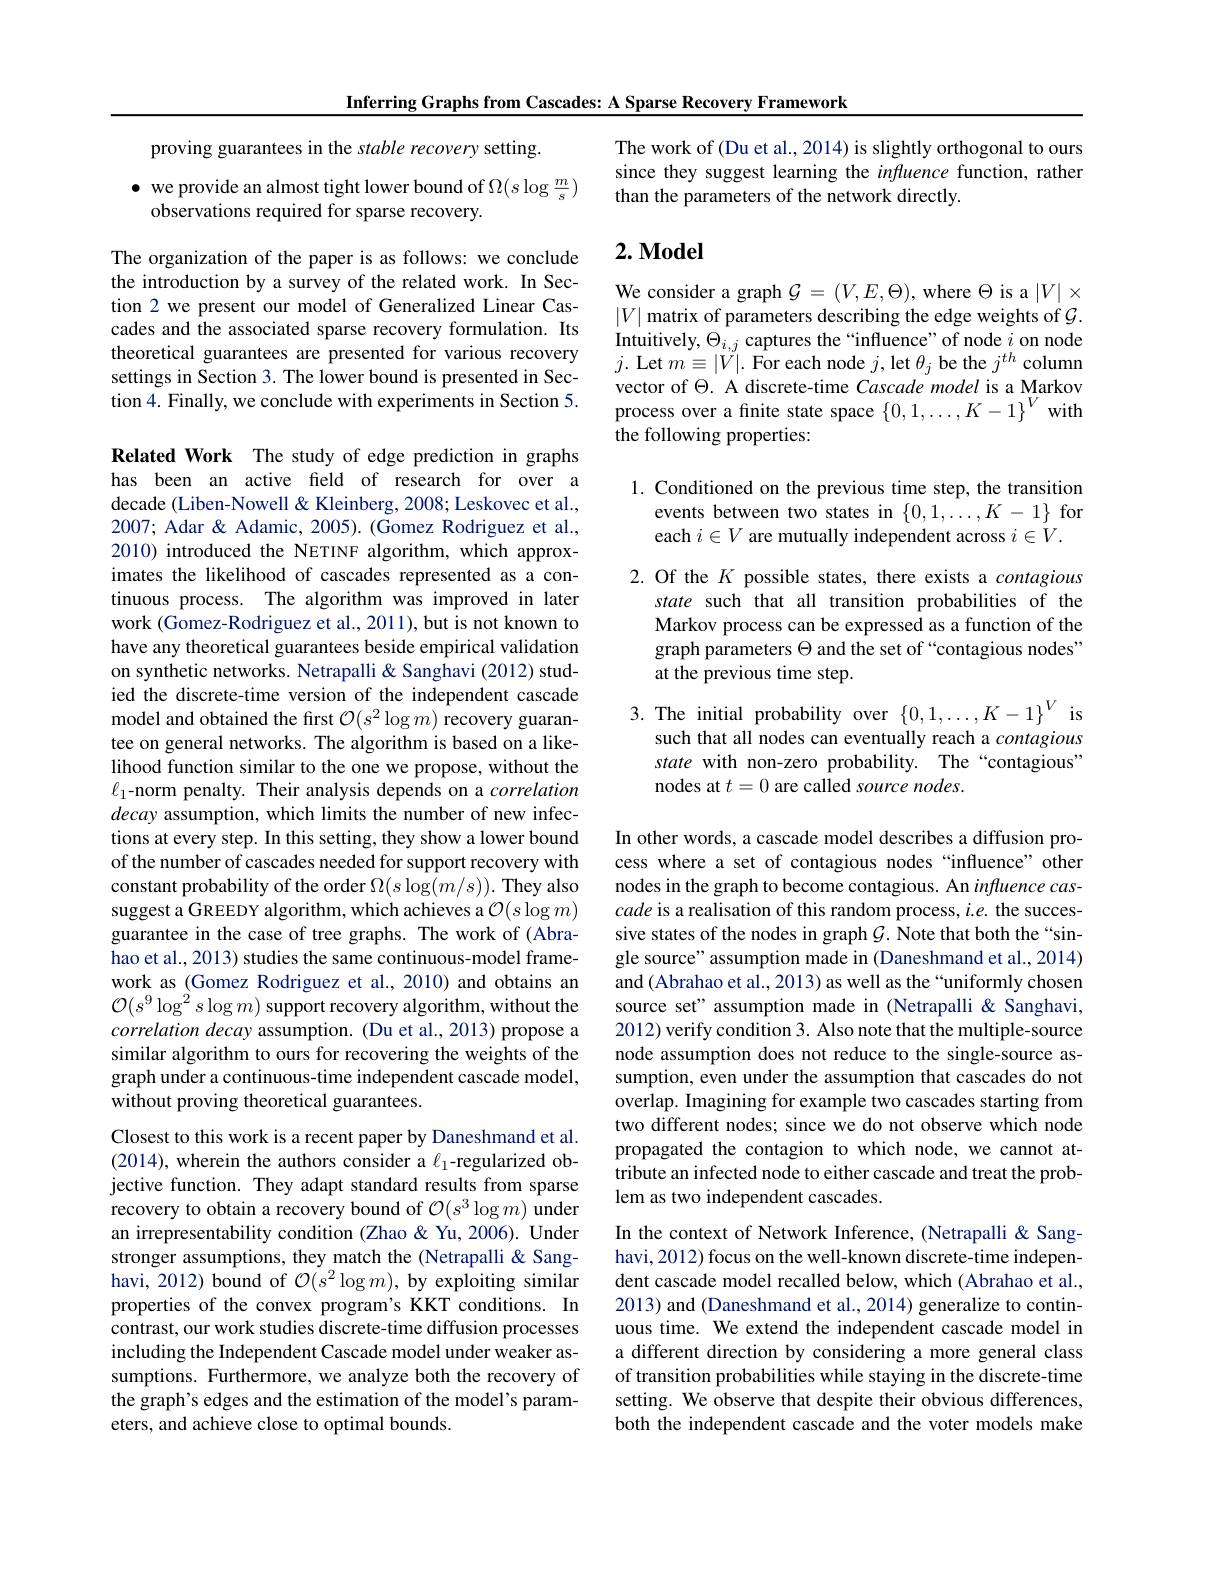
Inferring Graphs from Cascades: A Sparse Recovery Framework

proving guarantees in the stable recovery setting.

$\bullet$ we provide an almost tight lower bound of $\Omega(s\log\frac{m}{s})$
observations required for sparse recovery.

The organization of the paper is as follows: we conclude the introduction by a survey of the related work. In Section 2 we present our model of Generalized Linear Cascades and the associated sparse recovery formulation. Its theoretical guarantees are presented for various recovery settings in Section 3. The lower bound is presented in Section 4. Finally, we conclude with experiments in Section 5.

Related Work The study of edge prediction in graphs has been an active field of research for over a decade (Liben-Nowell & Kleinberg, 2008; Leskovec et al., 2007; Adar & Adamic, 2005). (Gomez Rodriguez et al., 2010) introduced the NETINF algorithm, which approximates the likelihood of cascades represented as a continuous process. The algorithm was improved in later work (Gomez-Rodriguez et al., 2011), but is not known to have any theoretical guarantees beside empirical validation on synthetic networks. Netrapalli & Sanghavi (2012) studied the discrete-time version of the independent cascade model and obtained the first $\mathcal{O}(s^2\log m)$ recovery guarantee on general networks. The algorithm is based on a likelihood function similar to the one we propose, without the $\ell_1$-norm penalty. Their analysis depends on a correlation decay assumption, which limits the number of new infections at every step. In this setting, they show a lower bound of the number of cascades needed for support recovery with constant probability of the order $\Omega(s\log(m/s)).$ They also suggest a GREEDY algorithm, which achieves a $\mathcal{O}(s\log m)$ guarantee in the case of tree graphs. The work of (Abrahao et al., 2013) studies the same continuous-model framework as (Gomez Rodriguez et al., 2010) and obtains an $\mathcal{O}(s^9\log^2s\log m)$ support recovery algorithm, without the correlation decay assumption. (Du et al., 2013) propose a similar algorithm to ours for recovering the weights of the graph under a continuous-time independent cascade model, without proving theoretical guarantees.
Closest to this work is a recent paper by Daneshmand et al. (2014), wherein the authors consider a $\ell_1$-regularized objective function. They adapt standard results from sparse

recovery to obtain a recovery bound of $\mathcal{O}(s^3\log m)$ under an irrepresentability condition (Zhao &Yu, 2006). Under stronger assumptions, they match the (Netrapalli & Sanghavi, 2012) bound of $\mathcal{O}(s^2\log m)$, by exploiting similar properties of the convex program's KKT conditions. In contrast, our work studies discrete-time diffusion processes including the Independent Cascade model under weaker assumptions. Furthermore, we analyze both the recovery of the graph's edges and the estimation of the model's parameters, and achieve close to optimal bounds.

The work of (Du et al., 2014) is slightly orthogonal to ours since they suggest learning the infuence function, rather than the parameters of the network directly.

## $2. \textbf{Model}$

We consider a graph $\mathcal{G}=(V,E,\Theta)$, where $\Theta$ is a $|V|\times$ $|V|$ matrix of parameters describing the edge weights of $\mathcal{G}.$ Intuitively, $\Theta_{i,j}$ captures the“influence”of node $i$ on node $j.$ Let $m\equiv|V|.$ For each node $j$,let $\theta_j$ be the $j^th$ column vector of $\Theta.$ A discrete-time Cascade model is a Markov process over a finite state space $\{0,1,\ldots,K-1\}^V$ with the following properties:

1. Conditioned on the previous time step, the transition
events between two states in $\{0,1,\ldots,K-1\}$ for
each $i\in V$ are mutually independent across $i\in V.$

2. Of the $K$ possible states, there exists a contagious
state such that all transition probabilities of the Markov process can be expressed as a function of the graph parameters $\Theta$ and the set of “contagious nodes” at the previous time step.

3. The initial probability over $\{0,1,\ldots,K-1\}^V$ is
such that all nodes can eventually reach a contagious state with non-zero probability. The“contagious” nodes at $t=0$ are called source nodes.

In other words, a cascade model describes a diffusion process where a set of contagious nodes “influence” other nodes in the graph to become contagious. An influence cascade is a realisation of this random process, $i.e.$ the successive states of the nodes in graph $G.$ Note that both the “single source" assumption made in (Daneshmand et al., 2014) and (Abrahao et al., 2013) as well as the“uniformly chosen source set" assumption made in (Netrapalli & Sanghavi, 2012) verify condition 3. Also note that the multiple-source node assumption does not reduce to the single-source assumption, even under the assumption that cascades do not overlap. Imagining for example two cascades starting from two different nodes; since we do not observe which node propagated the contagion to which node, we cannot attribute an infected node to either cascade and treat the problem as two independent cascades.

In the context of Network Inference, (Netrapalli & Sanghavi, 2012) focus on the well-known discrete-time independent cascade model recalled below, which (Abrahao et al., 2013) and (Daneshmand et al., 2014) generalize to continuous time. We extend the independent cascade model in a different direction by considering a more general class of transition probabilities while staying in the discrete-time setting. We observe that despite their obvious differences, both the independent cascade and the voter models make